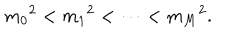
{ m _ { 0 } } ^ { 2 } < { m _ { 1 } } ^ { 2 } < \cdots < { m _ { M } } ^ { 2 } .